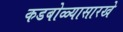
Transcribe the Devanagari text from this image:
कडबोळ्यासारखे